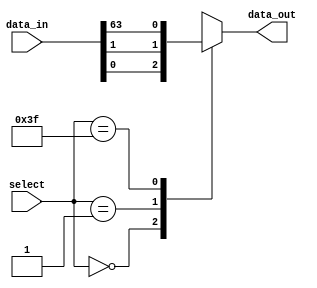
module mux64x1 (
    input [63:0]  data_in,
    input [5:0]   select,
    output reg    data_out
);

always @(*)
begin
    case (select)
        6'b000000: data_out = data_in[0];
        6'b000001: data_out = data_in[1];
        // Repeat for all 64 input lines
        // ...
        6'b111111: data_out = data_in[63];
        default: data_out = 1'bx; // undefined
    endcase
end

endmodule